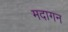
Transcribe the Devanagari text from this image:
मदागन